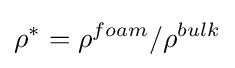
\rho ^{*}=\rho ^{foam}/\rho ^{bulk}